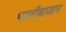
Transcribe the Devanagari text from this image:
भाजीबाजार